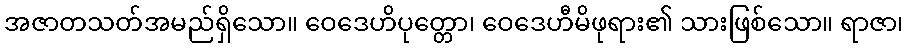
အဇာတသတ်အမည်ရှိသော။ ဝေဒေဟိပုတ္တော၊ ဝေဒေဟီမိဖုရား၏ သားဖြစ်သော။ ရာဇာ၊